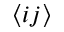
\langle i j \rangle